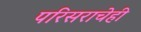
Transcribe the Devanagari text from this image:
परिसराचेही